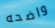
واضحه